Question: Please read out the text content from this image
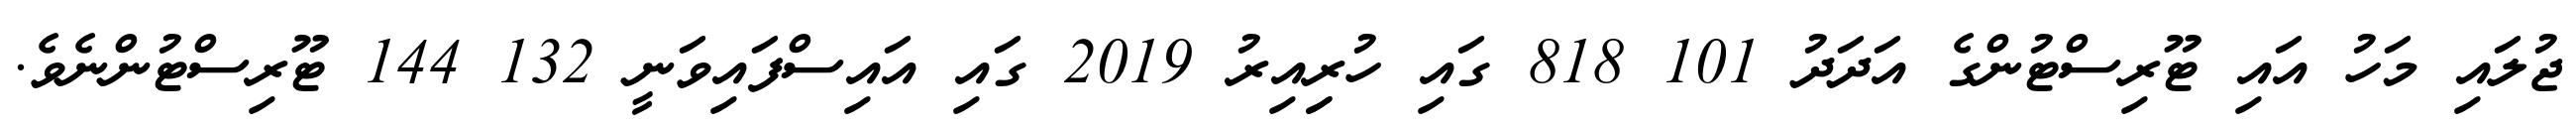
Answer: ޖުލައި މަހު އައި ޓޫރިސްޓުންގެ އަދަދު 101 818 ގައި ހުރިިއިރު 2019 ގައި އައިސްފައިވަނީ 132 144 ޓޫރިސްޓުންނެވެ.